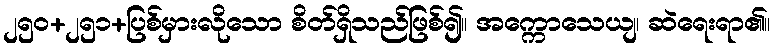
၂၅၀+၂၅၁+ပြစ်မှားလိုသော စိတ်ရှိသည်ဖြစ်၍။ အက္ကောသေယျ၊ ဆဲရေးရာ၏။